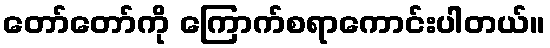
တော်တော်ကို ကြောက်စရာကောင်းပါတယ်။